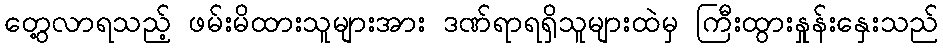
တွေ့လာရသည့် ဖမ်းမိထားသူများအား ဒဏ်ရာရရှိသူများထဲမှ ကြီးထွားနှုန်းနှေးသည်